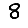
Digit: 8